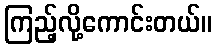
ကြည့်လို့ကောင်းတယ်။